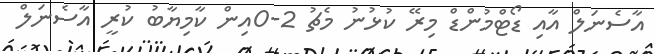
އާސެނަލް އާއި ޑޯޓްމުންޑް މިރޭ ކުޅުނު މެޗު 2-0އިން ކާމިޔާބު ކުރީ އާސެނަލް